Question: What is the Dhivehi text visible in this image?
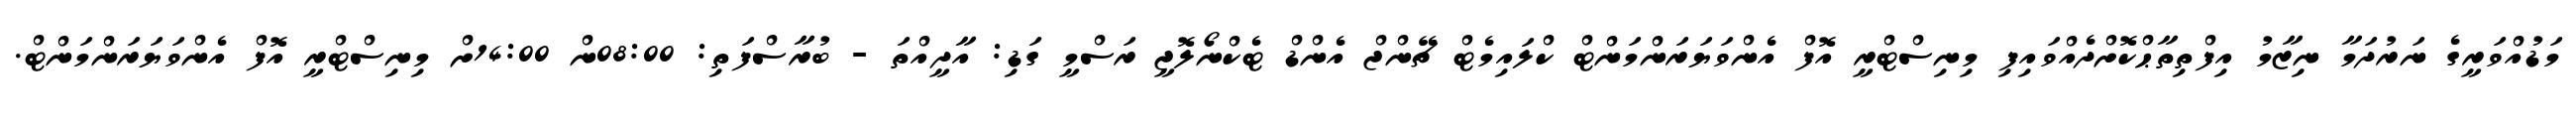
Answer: މަޑުއްވަރީގެ ނަރުދަމާ ނިޒާމު އިފްތިތާޙްކޮށްދެއްވައިފި މިނިސްޓްރީ އޮފް އެންވަޔަރަންމަންޓް ކްލައިމެޓް ޗޭންޖް އެންޑް ޓެކްނޯލޮޖީ ރަސްމީ ގަޑި: އާދީއްތަ - ބުރާސްފަތި: 08:00ން 14:00ށް މިނިސްޓްރީ އޮފް އެންވަޔަރަންމަންޓް.